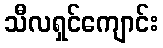
သီလရှင်ကျောင်း